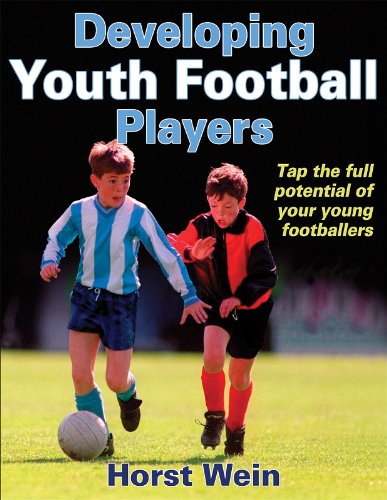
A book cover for Developing Youth Football Players; Horst Wein; Sports & Outdoors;